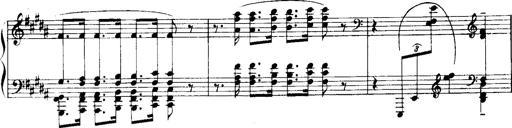
Title: Historische ungarische Bildnisse
Composer: Franz Liszt